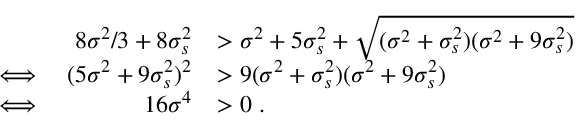
\begin{array} { r l r l } & { \ } & { 8 \sigma ^ { 2 } / 3 + 8 \sigma _ { s } ^ { 2 } } & { > \sigma ^ { 2 } + 5 \sigma _ { s } ^ { 2 } + \sqrt { ( \sigma ^ { 2 } + \sigma _ { s } ^ { 2 } ) ( \sigma ^ { 2 } + 9 \sigma _ { s } ^ { 2 } ) } } \\ & { \iff } & { ( 5 \sigma ^ { 2 } + 9 \sigma _ { s } ^ { 2 } ) ^ { 2 } } & { > 9 ( \sigma ^ { 2 } + \sigma _ { s } ^ { 2 } ) ( \sigma ^ { 2 } + 9 \sigma _ { s } ^ { 2 } ) } \\ & { \iff } & { 1 6 \sigma ^ { 4 } } & { > 0 \ . } \end{array}